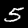
Digit: 5